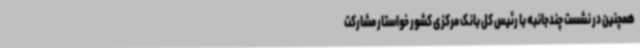
همچنین در نشست چندجانبه با رئیس کل بانک مرکزی کشور خواستار مشارکت